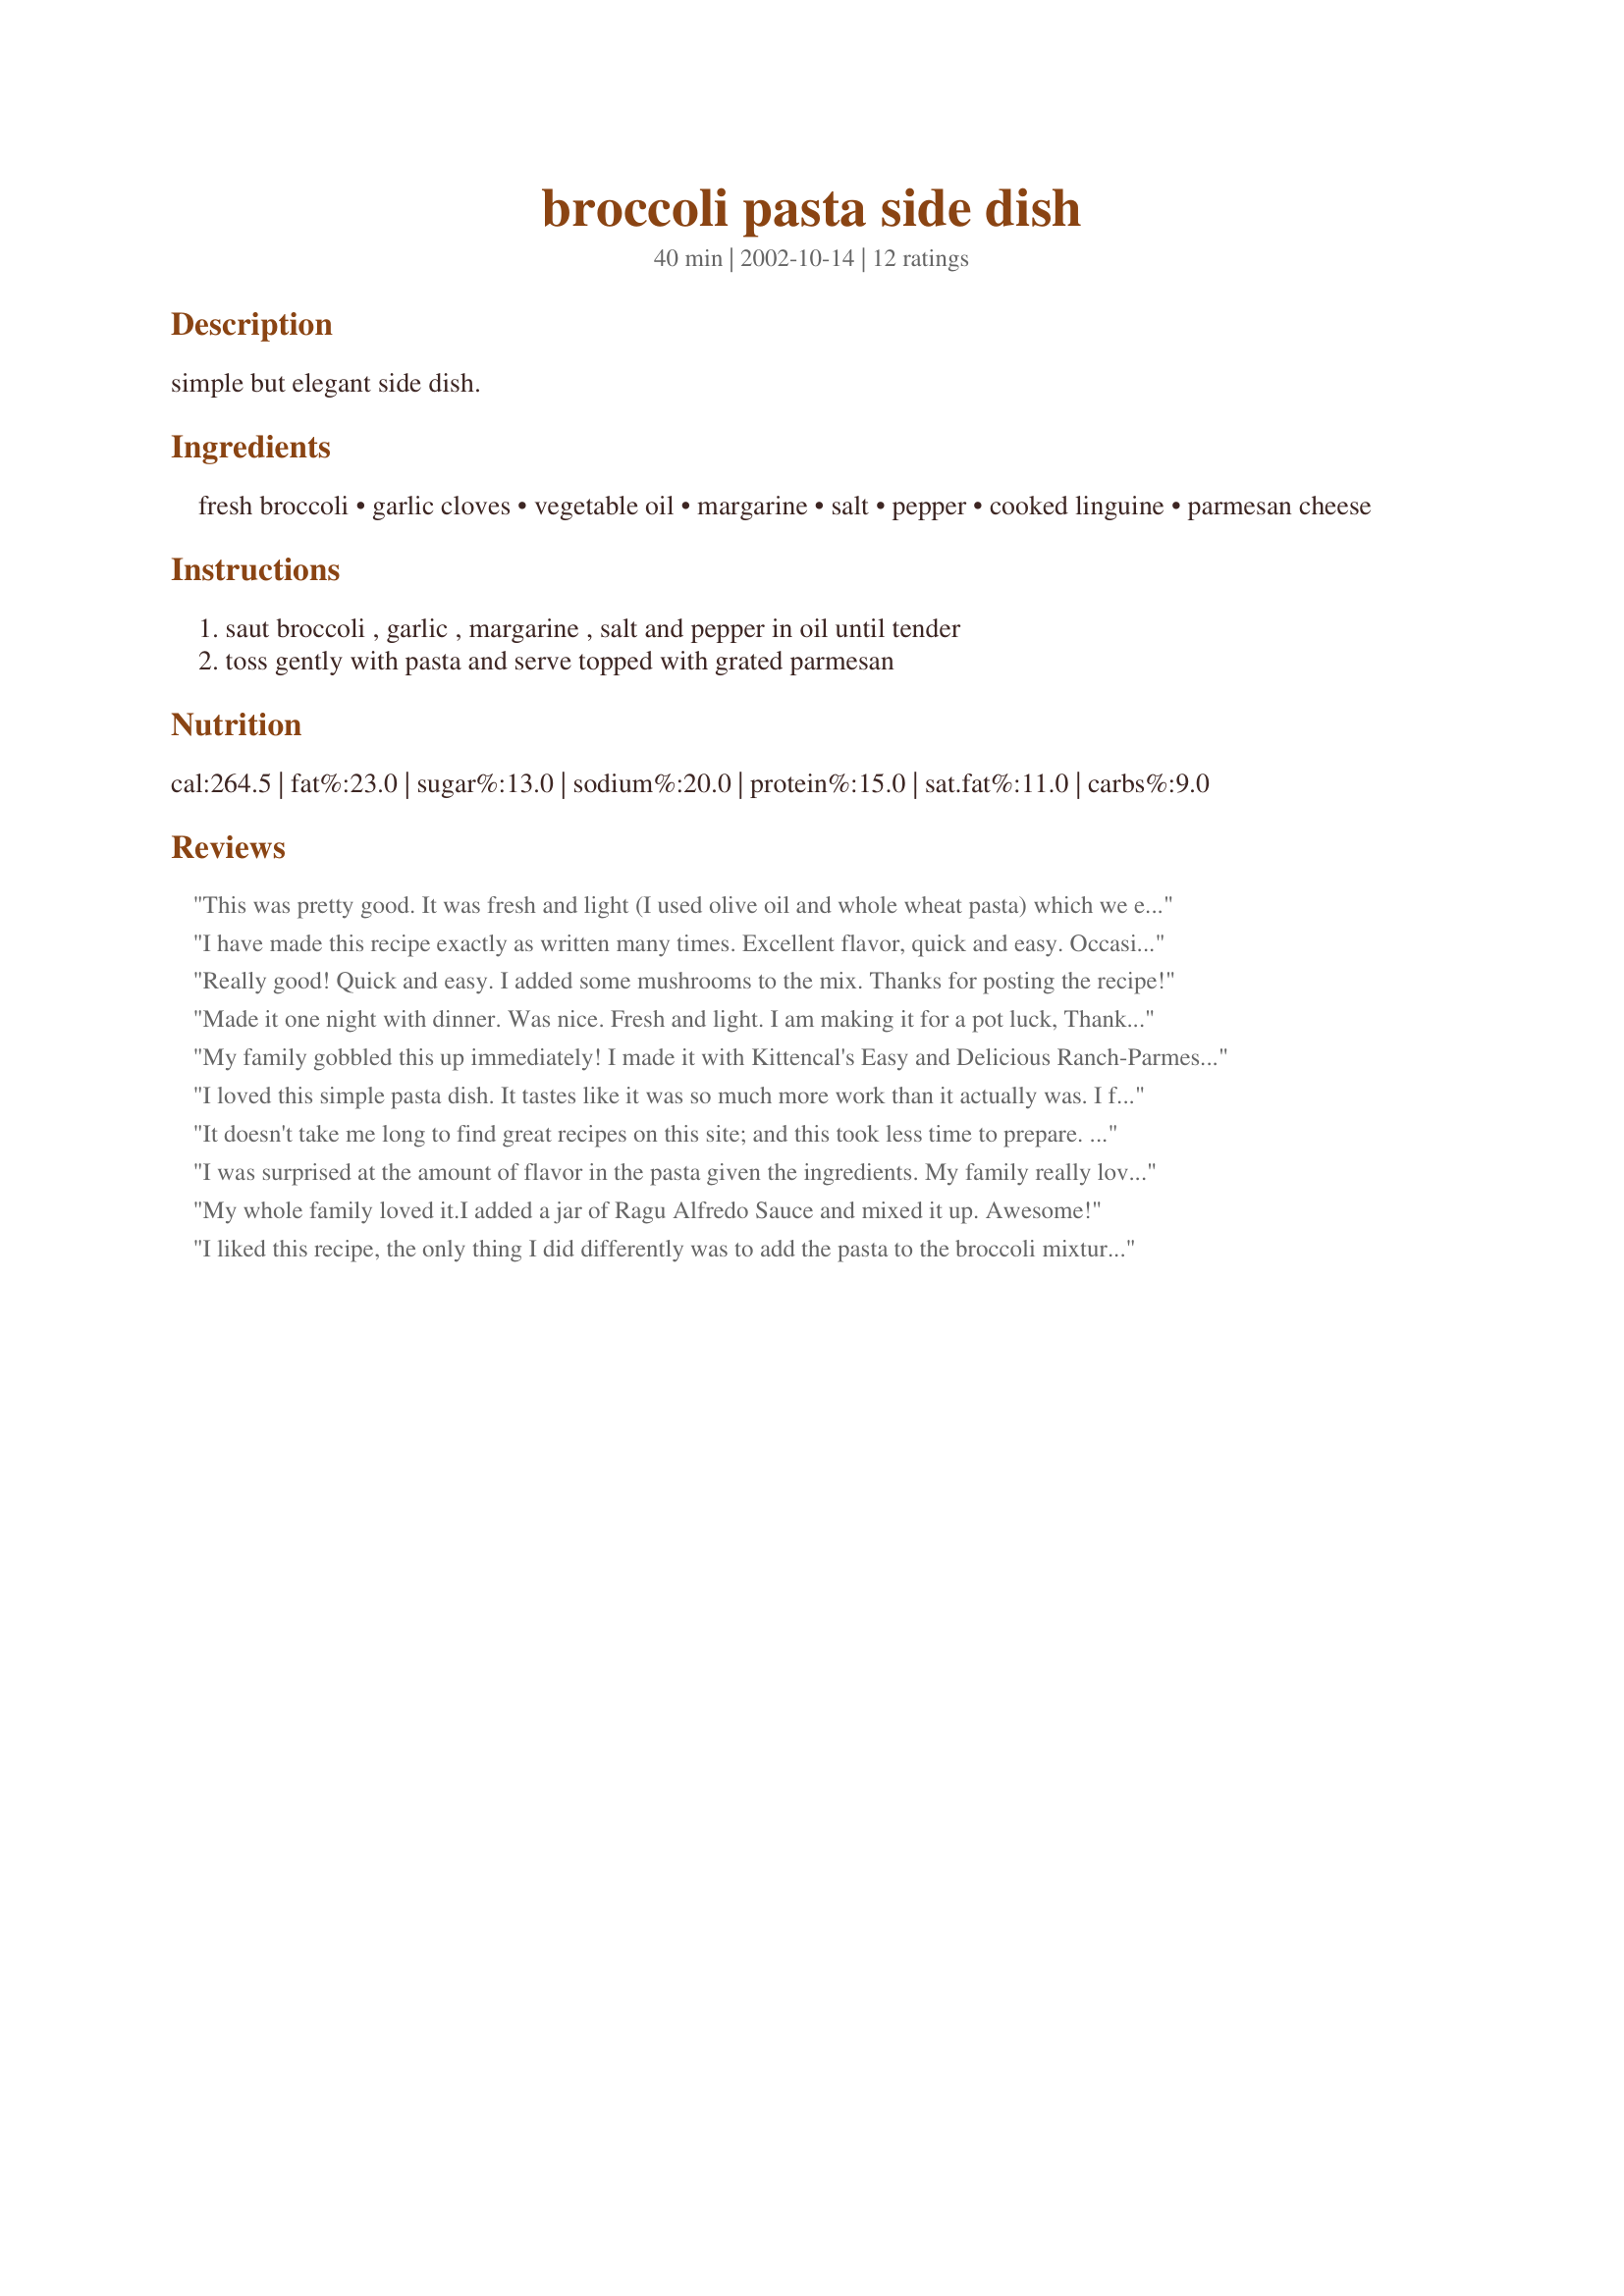
broccoli pasta side dish
Preparation time: 40 minutes

simple but elegant side dish.

Ingredients:
fresh broccoli, garlic cloves, vegetable oil, margarine, salt, pepper, cooked linguine, parmesan cheese

Steps:
saut broccoli , garlic , margarine , salt and pepper in oil until tender, toss gently with pasta and serve topped with grated parmesan

Reviews:
This was pretty good. It was fresh and light (I used olive oil and whole wheat pasta) which we enjoyed, however it was a little bland. I ended up throwing in a little crushed red pepper to spice it up a little.
I have made this recipe exactly as written many times. Excellent flavor, quick and easy. Occasionally I have added a handful of toasted sunflower hearts if I have them on hand. Pine nuts would work well too but the sunflower hearts or even toasted chopped walnuts are a little less expensive. Thank you for sharing your recipe, Shelli. It is definitely a keeper.
Really good! Quick and easy. I added some mushrooms to the mix. Thanks for posting the recipe!
Made it one night with dinner. Was nice. Fresh and light. I am making it for a pot luck, Thanks for the recipe
My family gobbled this up immediately! I made it with Kittencal's Easy and Delicious Ranch-Parmesan Chicken. Great combo. I am going to make this again, and try adding diced, cooked chicken to it at the end. I doubled it, because I have six kids, and they dove into the bowl!
Just enough left for lunch the next day. Thank you for a great "Keeper"!
I loved this simple pasta dish. It tastes like it was so much more work than it actually was. I followed the recipe as directed (substituting spaghetti for linguine because it&#039;s what I had) except I crushed the garlic instead of mincing it. I have a minced garlic curse... it always burns. So I just crushed up a couple of cloves of garlic and through it into the saucepan. DELICIOUS. Thanks for posting!
It doesn't take me long to find great recipes on this site; and this took less time to prepare. Thanks, Shelli! I believe you could substitute vegetables, also; green beans sounds good to me. YUMMY!
I was surprised at the amount of flavor in the pasta given the ingredients.

My family really loved it.

Thanks.
My whole family loved it.I added a jar of Ragu Alfredo Sauce and mixed it up. Awesome!
I liked this recipe, the only thing I did differently was to add the pasta to the broccoli mixture after it was sauteed, then I "stir fried" the pasta along with the mixture. It was great. I teamed this up with recipe #124382 (oven fried chicken breast cutlets). This was a great dinner.
This was a good dish. Made it with Penne pasta. Will definately make it again with more garlic and less salt.
Shelli,
 This tasted like a dish I ate at a chinese restaurant that I loved. It is so very good.Ans so easy to make.Thanks so much for this great recipe.
Darlene Summers
